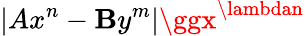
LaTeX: |Ax^{n}-\mathbf{B}y^{m}|\ggx^{\lambdan}